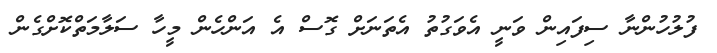
ފުލުހުންނާ ސިފައިން ވަނީ އެވަގުތު އެތަނަށް ގޮސް އެ އަންހެން މީހާ ސަލާމަތްކޮށްގެން